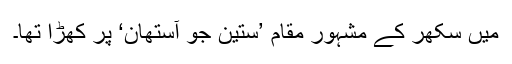
میں سکھر کے مشہور مقام ’ستین جو آستھان‘ پر کھڑا تھا۔